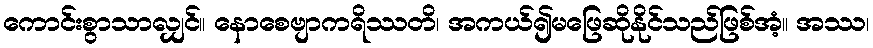
ကောင်းစွာသာလျှင်။ နောစေဗျာကရိဿတိ၊ အကယ်၍မဖြေဆိုနိုင်သည်ဖြစ်အံ့။ အဿ၊